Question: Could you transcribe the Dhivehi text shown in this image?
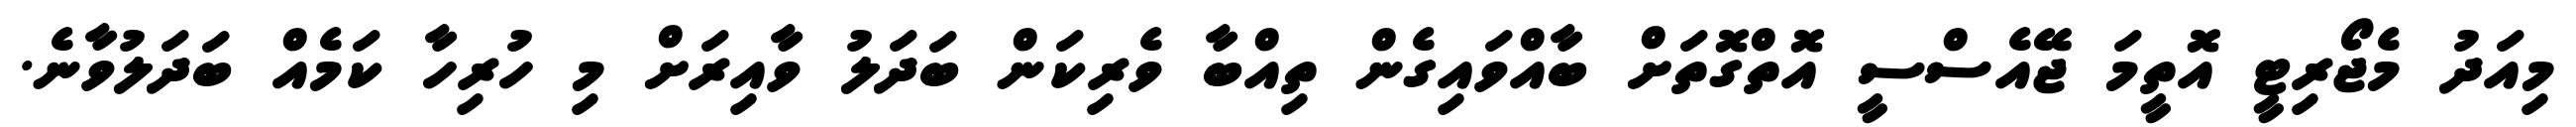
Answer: މިއަދު މެޖޯރިޓީ އޮތީމަ ޖޭއެސްސީ އޮތްގޮތަށް ބާއްވައިގެން ތިއްބާ ވެރިކަން ބަދަލު ވާއިރަށް މި ހުރިހާ ކަމެއް ބަދަލުވާނެ.